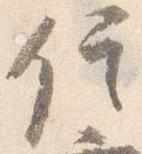
信